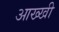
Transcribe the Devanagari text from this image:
आख्खी